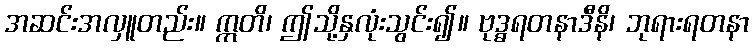
အဆင်းအလှူတည်း။ ဣတိ၊ ဤသို့နှလုံးသွင်း၍။ ဗုဒ္ဓရတနာဒီနိ၊ ဘုရားရတနာ